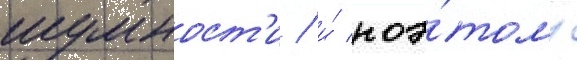
шумност'и / и́ поэ́тому